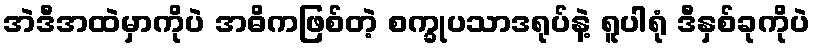
အဲဒီအထဲမှာကိုပဲ အဓိကဖြစ်တဲ့ စက္ခုပသာဒရုပ်နဲ့ ရူပါရုံ ဒီနှစ်ခုကိုပဲ